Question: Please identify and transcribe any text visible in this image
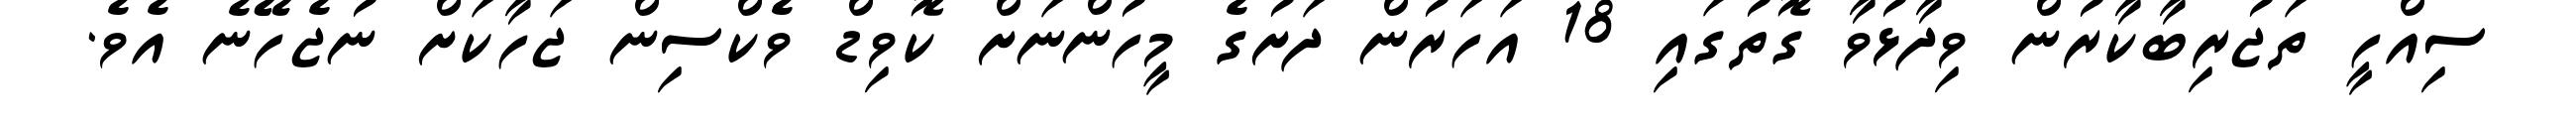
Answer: ސިއްހީ ތަޖުރިބާކާރުން ވިދާޅުވާ ގޮތުގައި 18 އަހަރުން ދަށުގެ މީހުންނަށް ކޮވިޑް ވެކްސިން ޖަހާކަށް ނުޖެހޭނެ އެވެ.